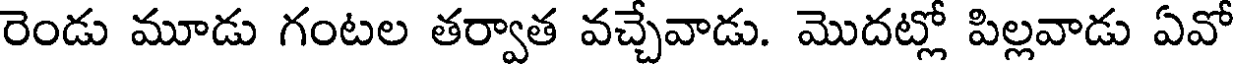
రెండు మూడు గంటల తర్వాత వచ్చేవాడు. మొదట్లో పిల్లవాడు ఏవో